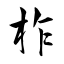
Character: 柞